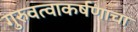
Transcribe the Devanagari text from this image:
गुरुवत्वाकर्षणाचा